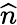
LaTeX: \widehat{n}